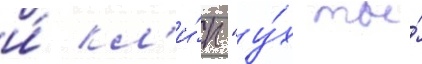
и́ кл'и́п "у́х ты́